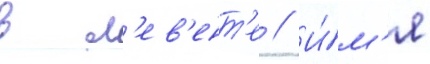
в л'ев'ент'е // И́м'я